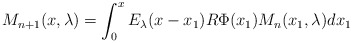
\begin{align*}M_{n+1}(x,\lambda) = \int_0^xE_{\lambda}(x-x_1)R \Phi(x_1) M_n(x_1,\lambda)dx_1\end{align*}